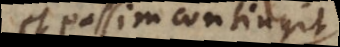
et passim contingit